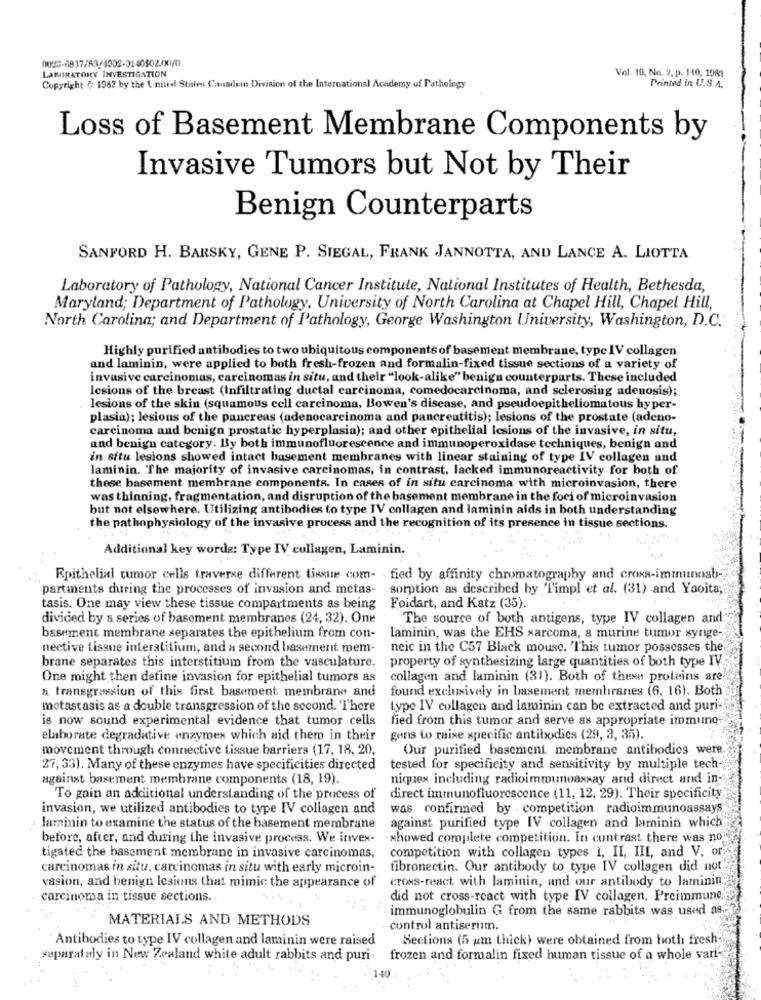
0020-6837/A3/1002-0140302.00/0
Vol. 10, No. 2, p. 140, 1983
LABIRATORY INVESTIGATION
Copyright ( 1982 by the Unitedl Stolen Canadian Division of the International Academy of Pathology
Printed in U.S.A.
Loss of Basement Membrane Components by
Invasive Tumors but Not by Their
Benign Counterparts
SANFORD H. BARSKY, GENE P. SIEGAL, FRANK JANNOTTA, AND LANCE A. LIOTTA
Laboratory of Pathology, National Cancer Institute, National Institutes of Health, Bethesda,
Maryland; Department of Pathology, University of North Carolina at Chapel Hill, Chapel Hill,
North Carolina; and Department of Pathology, George Washington University, Washington, D.C.
Highly purified antibodies to two ubiquitous components of basement membrane, type IV collagen
and laminin, were applied to both fresh-frozen and formalin-fixed tissue sections of a variety of
invasive carcinomas, carcinomas in situ, and their "look-alike" benign counterparts. These included
lesions of the breast (Infiltrating duetal carcinoma, comedocarcinoma, and sclerosing adenosis);
lesions of the skin (squamous cell carcinoma. Bowen's disease, and pseudoepitheliomatous hyper-
plasia); lesions of the pancreas (adenocarcinoma and pancreatitis); lesions of the prostate (adeno-
carcinoma and benign prostatic hyperplasia); and other epithelial lesions of the invasive, in situ,
and benign category. By both immunofluorescence and immunoperoxidase techniques, benign and
in situ lesions showed intact basement membranes with linear staining of type IV collagen and
laminin. The majority of invasive carcinomas, in contrast, lacked immunoreactivity for both of
these basement membrane components. In cases of in situ carcinoma with microinvasion, there
was thinning, fragmentation, and disruption of the basement membrane in the foci of microinvasion
but not elsewhere. Utilizing antibodies to type IV collagen and laminin aids in both understanding
the pathophysiology of the invasive process and the recognition of its presence in tissue sections.
Additional key words: Type IV collagen, Laminin.
Epithelial tumor cells traverse different tissue com- fied by affinity chromatography and cross-immunosb-
partments during the processes of invasion and metas- sorption as described by Timpl et al. (31) and Yaoita;
tasis. One may view these tissue compartments as being Foidart, and Katz (35)
divided by a series of basement membranes (24, 32). One
The source of both antigens, type IV collagen and
basement membrane separates the epithelium from con-
laminin, was the EHS sarcoma, a murine tumor synge-
nective tissue interstitium, and a second basement mem-
neic in the C57 Black mouse. This tumor possesses the
brane separates this interstitium from the vasculature.
property of synthesizing large quantities of both type IV
One might then define invasion for epithelial tumors as
collagen and laminin (31). Both of these proteins are
& transgression of this first basement membrane and
found exclusively in basement membranes (6, 16). Both
metastasis as a double transgression of the second. "There
type IV collagen and laminin can be extracted and puri-
is now sound experimental evidence that tumor cells
fied from this tumor and serve as appropriate immuno
elaborate degradative enzymes which aid them in their
gens to raise specific antibodies (29, 3, 35).
movement through connective tissue barriers (17, 18, 20,
Our purified basement membrane antibodies were
27, 33). Many of these enzymes have specificities directed
tested for specificity and sensitivity by multiple tech
against basement membrane components (18, 19).
niques including radioimmunoassay and direct and in-
To gain an additional understanding of the process of
direct immunofluorescence (11, 12, 29). Their specificity
invasion, we utilized antibodies to type IV collagen and
was confirmed by . competition radioimmunoassays
laminin to examine the status of the basement membrane
against purified type IV collagen and laminin which
before, after, and during the invasive process. We inves-
showed complete competition. In contrast there was no
tigated the basement membrane in invasive carcinomas,
competition with collagen types I, II, III, and V. or
carcinomas in situ, carcinomas in situ with early microin-
fibronectin. Our antibody to type IV collagen did not
vasion, and benign lesions that mimic the appearance of
cross-react with laminin, and our antibody to laminin
carcinoma in tissue sections.
did not cross-react with type IV collagen. Preimmune
immunoglobulin G from the same rabbits was used as.
MATERIALS AND METHODS
control antiserum.
Antibodies to type IV collagen and laminin were raised
Sections (5 um thick) were obtained from hoth fresh
separataly in New Zealand white adult rabbits and puri-
frozen and formalin fixed human tissue of a whole van